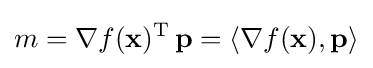
m=\nabla f(\mathbf {x} )^{\mathrm {T} }\,\mathbf {p} =\langle \nabla f(\mathbf {x} ),\mathbf {p} \rangle